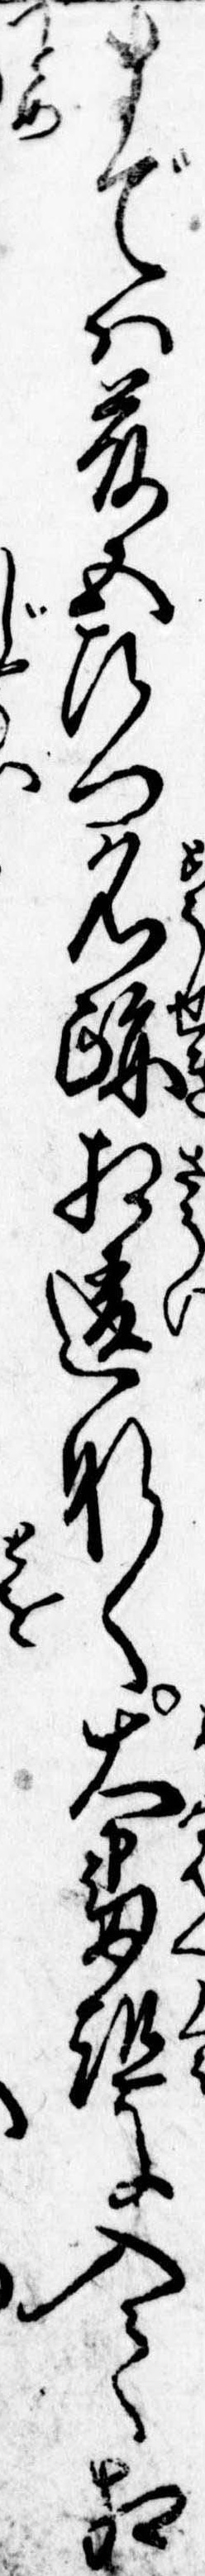
までは藤五左門名跡相違なく大番組に入て相